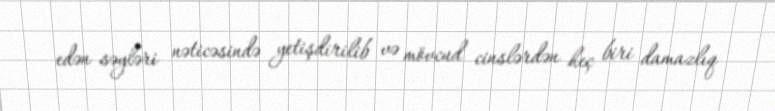
edən səyləri nəticəsində yetişdirilib və mövcud cinslərdən heç biri damazlıq